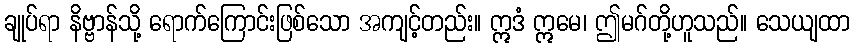
ချုပ်ရာ နိဗ္ဗာန်သို့ ရောက်ကြောင်းဖြစ်သော အကျင့်တည်း။ ဣဒံ ဣမေ၊ ဤမဂ်တို့ဟူသည်။ သေယျထာ